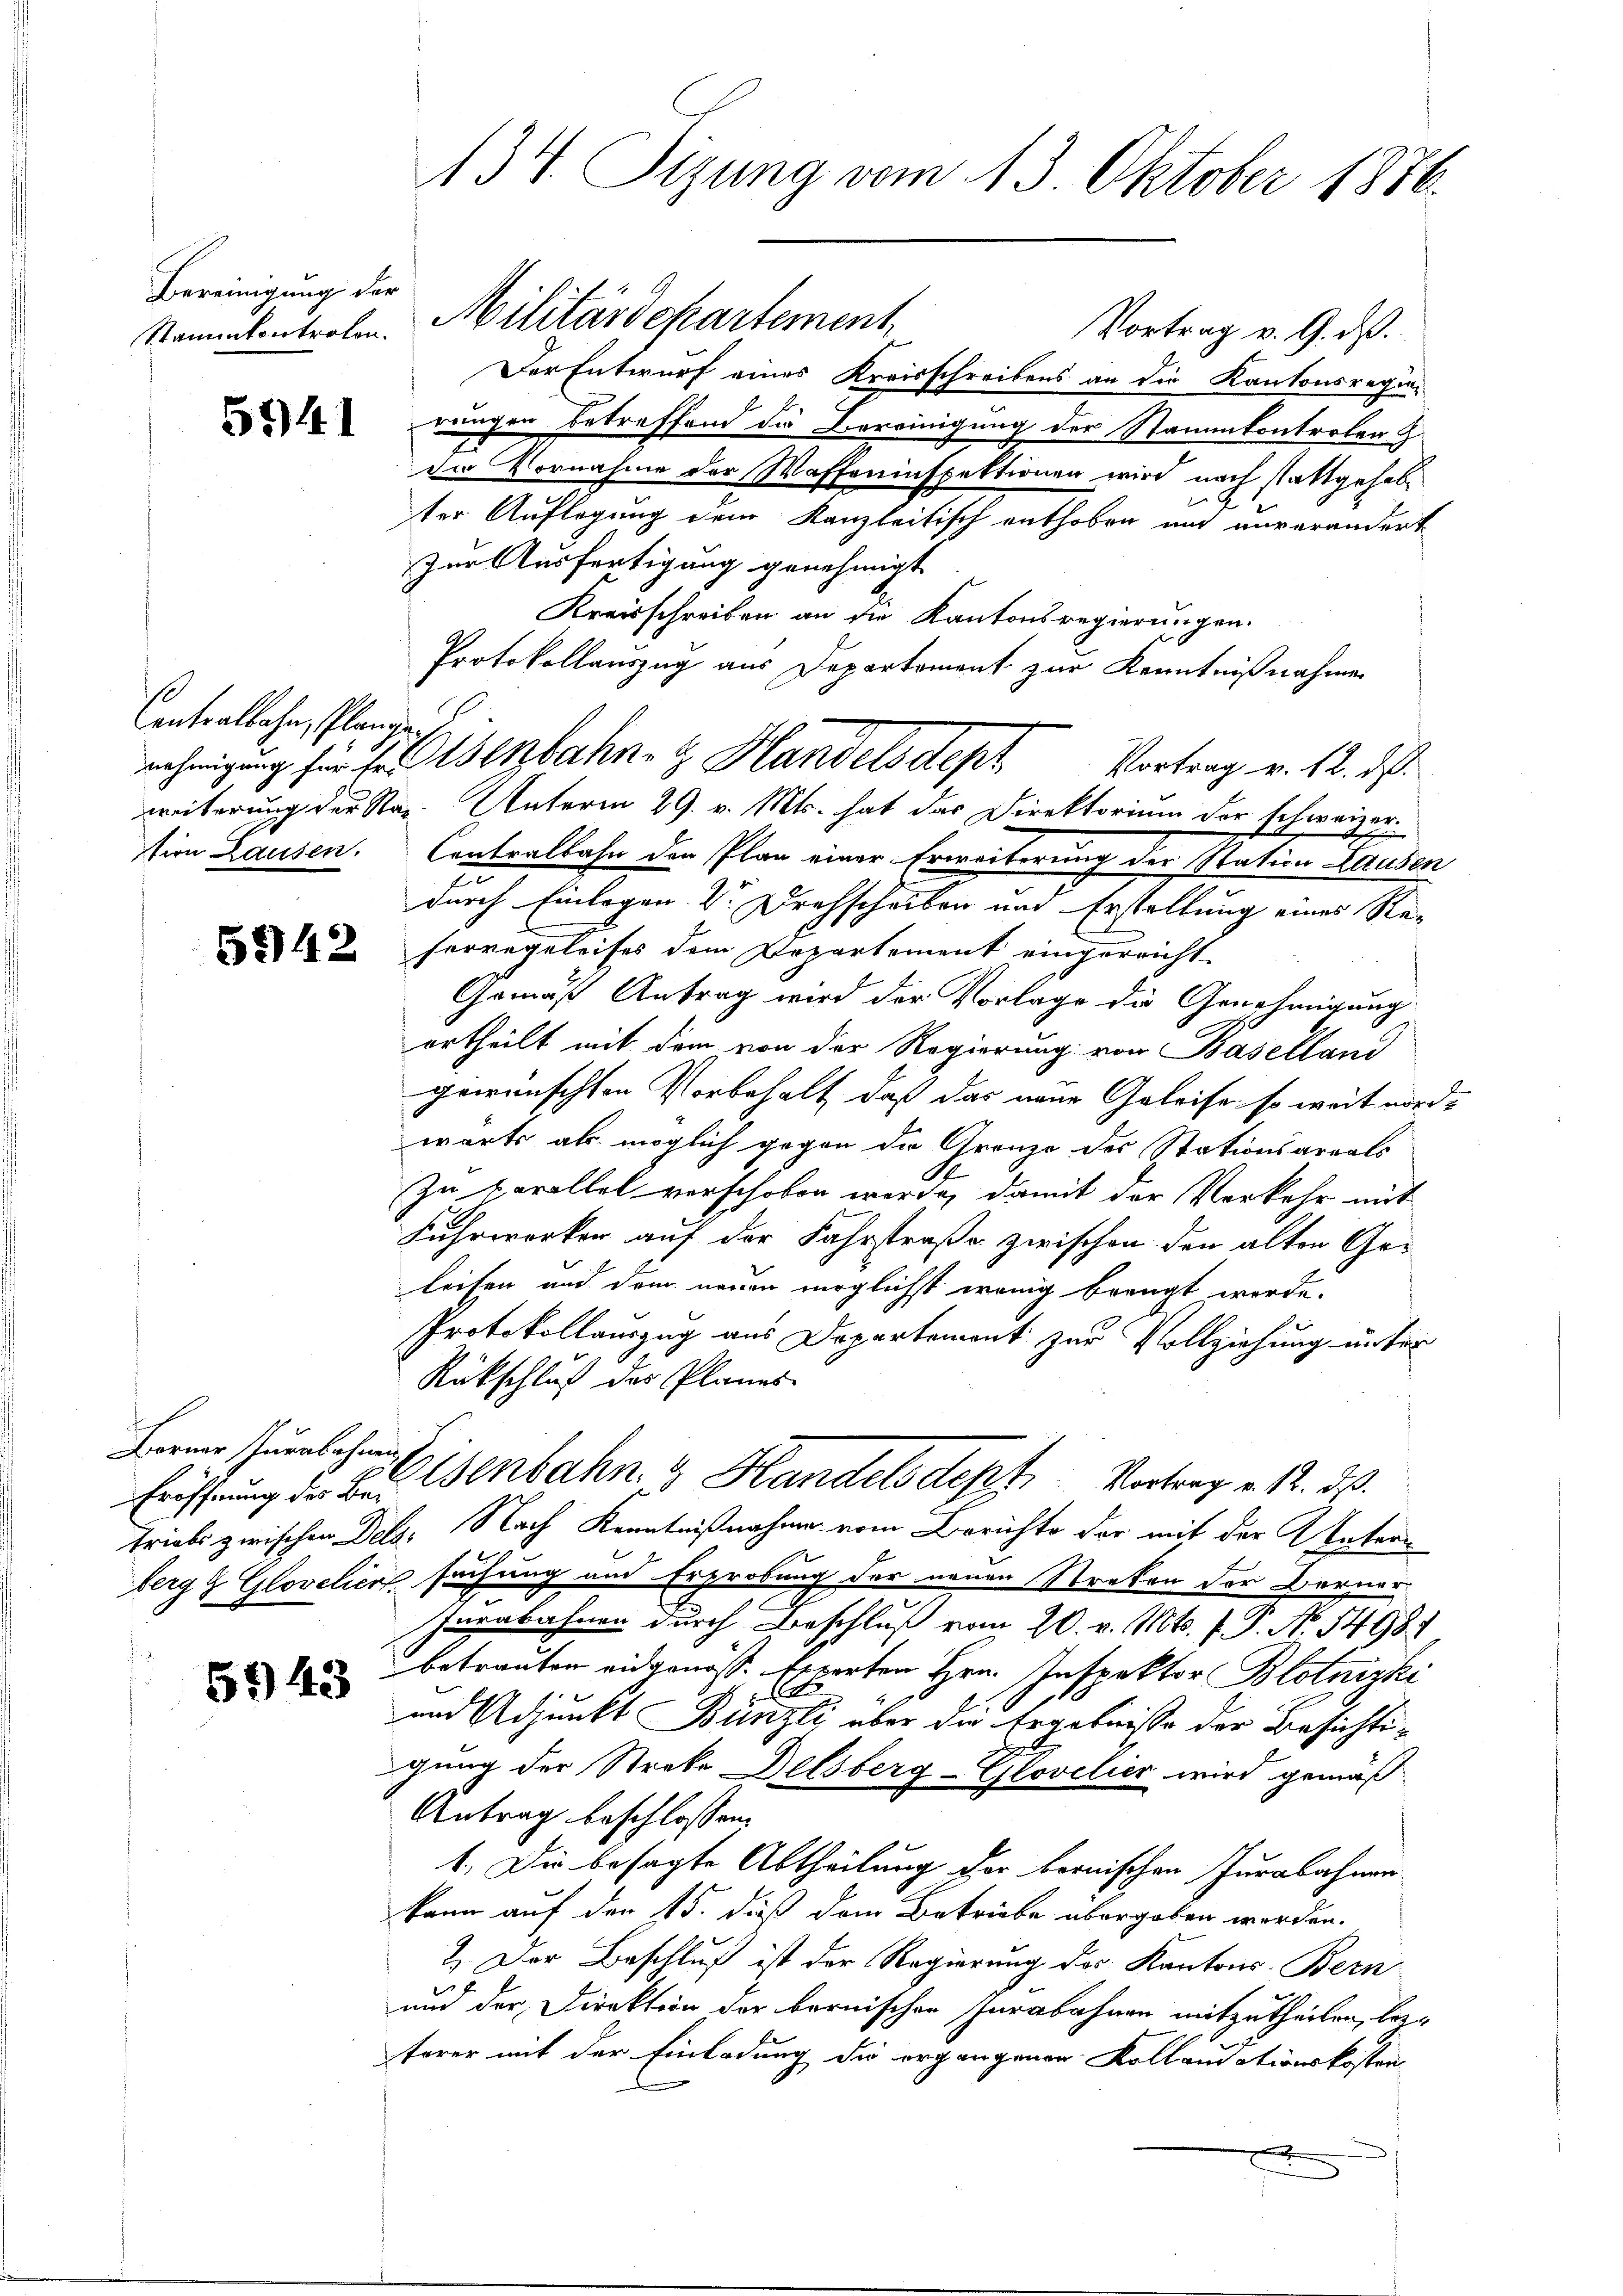
Bereinigung der

5141

Centralbahn, Planigen

5942

f
Berner urabahnen.

5943

134. Tizung vom 13. Oktober 1886.

Vortrag v. 9. ds.
Der Entwurf eines Kreisschreibens an die Kantonsregie-
rungen betreffend die Vereinigung der Stammkontrolen z.
de Vornahme der Waffeninspektionen wird nach stattgehab¬
B
ter Auflegung dem Kanzleitisch enthoben und unverändert
zur Ausfertigung genehmigt
Kreisschreiben an die Kantonsregierungen.
Protokollauszug aus Departement zur Kenntnißnahme
Vortrag v. 12. ds.
tion Lausen. Contralbahn den Plan einer Erweiterung der Station Lausen
durch Einlagen Vor Drehscheiben und Erstellung eines Re-
ferregeleises dem Departement eingereicht.
Gemäß Antrag wird der Vorlage die Genehmigung
ertheilt mit dem von der Regierung von Baselland
gewünschten Vorbehalt, daß das neue Geleise, so weit nord-
wärts als möglich gegen die Grenze des Stationsareals
Zu parallel verschoben werde, damit der Verkehr mit
Fuhrwerken auf der Fahrstraße zwischen den alten Ge-
leisen und dem neuen möglichst wenig bringt werde.
Protokollauszug aus Departement zur Vollziehung unter
Rückschluß der Planes
Eröffnung der Bei Benbahn & Handelsdept Vortrag v. 12. ds.
Triebs zwischen Dels. Nach Kenntnißnahme vom Berichte der mit der Unterberg & Glovelier suchung und Erprobung der neuen Streken der Berner
Iurabahnen durch Beschluß vom 20. v. Mts. f. P. No. 1498.
betrauten eidgenöss. Experten Hrn. Inspektor Blotnizke
und Adjunkt Bünzli über die Ergebnisse der Besichtigung der Streke Delsberg-Glovelier wird gemäß¬
Antrag beschlossen,
1. Die besagte Abtheilung der bernischen Jurabahnen
kann auf den 15. dieß dem Betriebe übergeben werden.
2. Der Beschluß ist der Regierung des Kantons Bern
und der Direktion der bernischen Parabahnen mitzutheilen, beterer mit der Einladung die ergangenen Kollaudationskosten
F

Stammenkontrolen. Militärdepartement,

nehmigung für E. Bisenbahn- & Handelsdepr
weiterung der Reg. Unterm 29. v. Mts. hat das Direktorium der schweizer¬